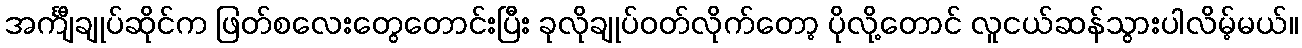
အင်္ကျီချုပ်ဆိုင်က ဖြတ်စလေးတွေတောင်းပြီး ခုလိုချုပ်ဝတ်လိုက်တော့ ပိုလို့တောင် လူငယ်ဆန်သွားပါလိမ့်မယ်။